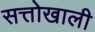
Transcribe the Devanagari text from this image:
सत्तोखाली